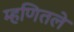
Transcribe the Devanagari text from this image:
म्हणितले